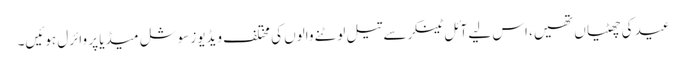
عید کی چھٹیاں تھیں، اس لیے آئل ٹینکر سے تیل لوٹنے والوں کی مختلف ویڈیوز سوشل میڈیا پر وائرل ہوئیں۔